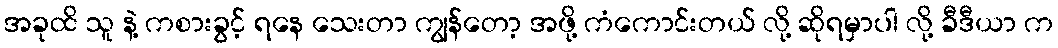
အခုထိ သူ နဲ့ ကစားခွင့် ရနေ သေးတာ ကျွန်တော့ အဖို့ ကံကောင်းတယ် လို့ ဆိုရမှာပါ လို့ ခီဒီယာ က